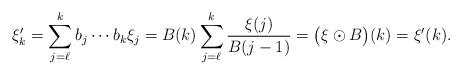
LaTeX: \begin{align*}\xi'_k = \sum_{j=\ell}^{k} b_j\cdots b_k \xi_j = B(k) \sum_{j=\ell}^{k}\frac{\xi(j)}{B(j-1)}= \big(\xi\odot B\big)(k)=\xi'(k).\end{align*}